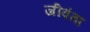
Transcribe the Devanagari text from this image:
जीवंता